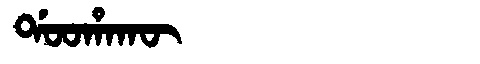
Manchu: ᡩᠣᠣᡥᠠᡴᡡ
Romanization: DOOHAKŪ